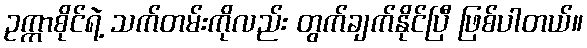
ဥက္ကာစိုင်ရဲ့ သက်တမ်းကိုလည်း တွက်ချက်နိုင်ပြီ ဖြစ်ပါတယ်။